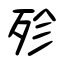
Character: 殄